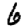
Digit: 6